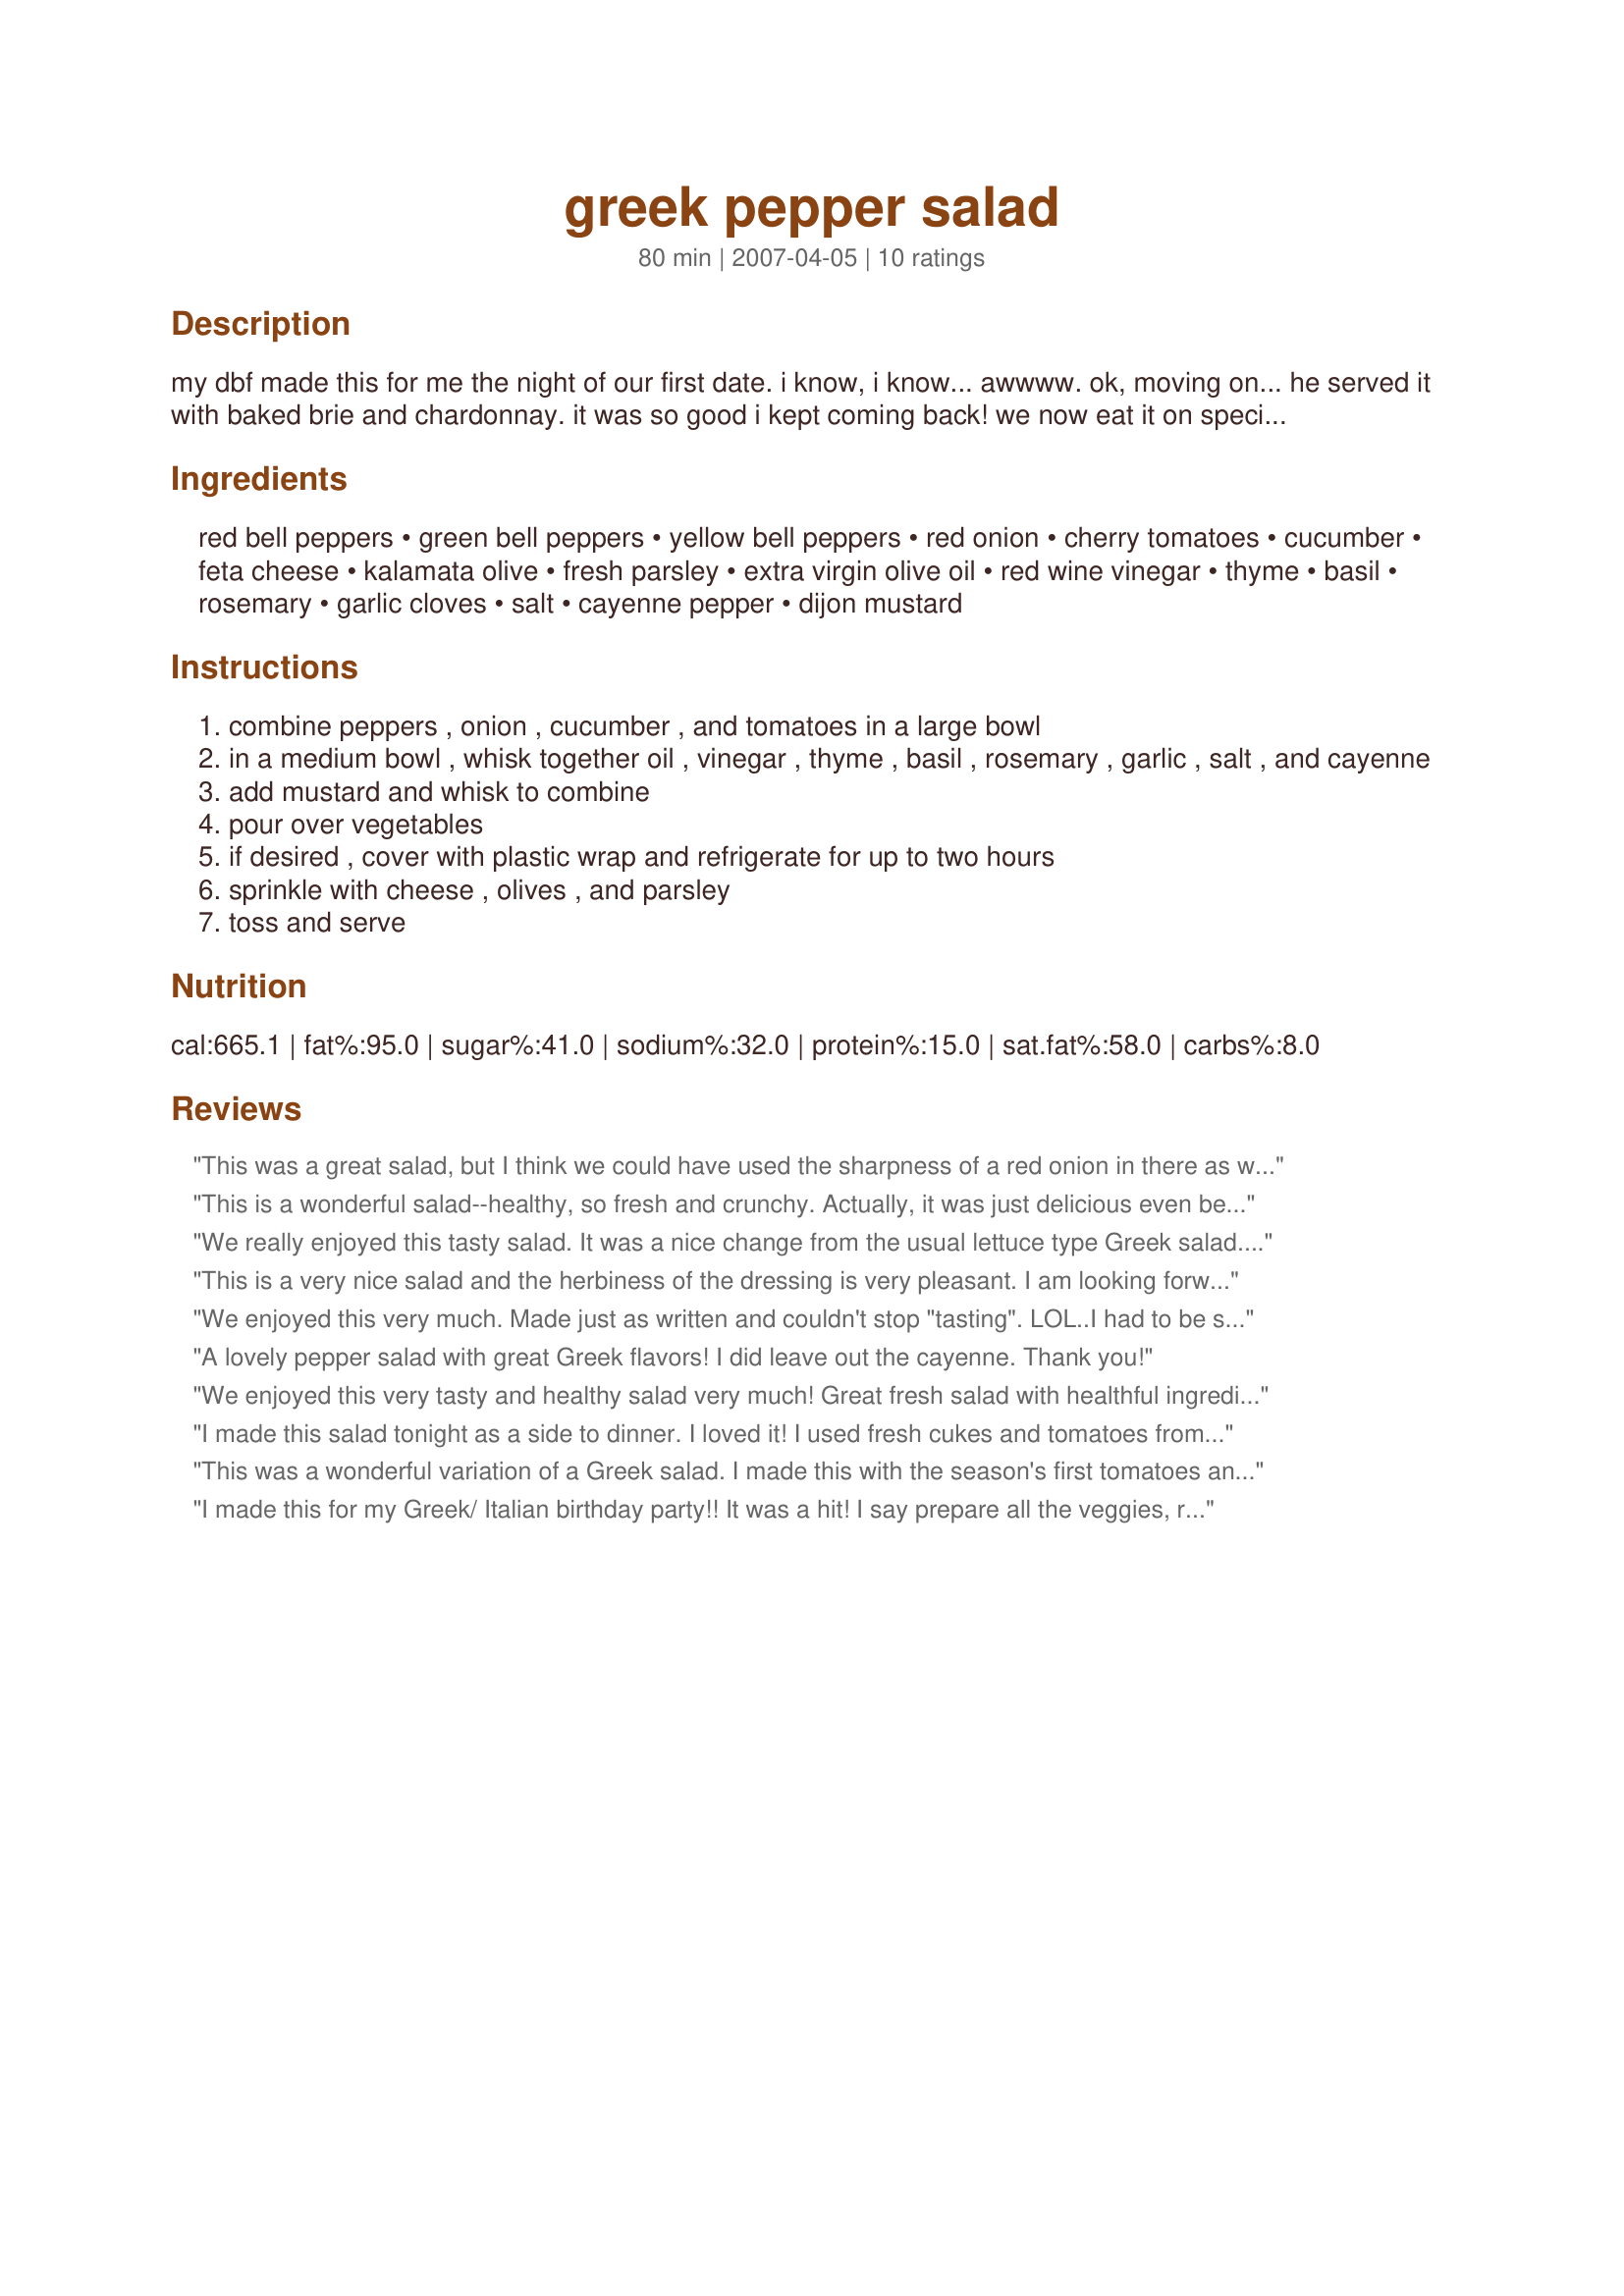
greek pepper salad
Preparation time: 80 minutes

my dbf made this for me the night of our first date. i know, i know... awwww. ok, moving on... he served it with baked brie and chardonnay. it was so good i kept coming back! we now eat it on special occassions. sometimes i will make it, but i still contend that it isn't as good as when he makes it. it can be served immediately after preparation, but letting it sit an hour or so allows the flavors to blend. hope this brings happy memories for you too!

Ingredients:
red bell peppers, green bell peppers, yellow bell peppers, red onion, cherry tomatoes, cucumber, feta cheese, kalamata olive, fresh parsley, extra virgin olive oil, red wine vinegar, thyme, basil, rosemary, garlic cloves, salt, cayenne pepper, dijon mustard

Steps:
combine peppers , onion , cucumber , and tomatoes in a large bowl
in a medium bowl , whisk together oil , vinegar , thyme , basil , rosemary , garlic , salt , and cayenne
add mustard and whisk to combine
pour over vegetables
if desired , cover with plastic wrap and refrigerate for up to two hours
sprinkle with cheese , olives , and parsley
toss and serve

Reviews:
This was a great salad, but I think we could have used the sharpness of a red onion in there as well. I'll make this again (probably tonight), and add the onion. Also, there's tons of dressing here, way too much for the salad, so I saved half and am keeping it in the fridge for next time (again, probably tonight). Good recipe!
This is a wonderful salad--healthy, so fresh and crunchy. Actually, it was just delicious even before I put the dressing on. I certainly shall make it again.
We really enjoyed this tasty salad. It was a nice change from the usual lettuce type Greek salad. I didn't have any cayenne pepper so I just used regular black pepper. Thanks
This is a very nice salad and the herbiness of the dressing is very pleasant. I am looking forward to trying it again with the peppers roasted and skinned and with perhaps even more herbs in the salad itself. I also added some crushed garlic to the dressing.
We enjoyed this very much. Made just as written and couldn't stop "tasting". LOL..I had to be sure the seasoning was right! Thanks for sharing, Made for ZWT Zingo.
A lovely pepper salad with great Greek flavors! I did leave out the cayenne. Thank you!
We enjoyed this very tasty and healthy salad very much! Great fresh salad with healthful ingredients.

Thanks for sharing!
I made this salad tonight as a side to dinner. I loved it! I used fresh cukes and tomatoes from my garden. I easily halved all of the ingredients to serve DH and myself. I assumed that the recipe wanted 12 oz of cherry tomatoes, so when I halved the recipe, I used 6 oz. I subbed shallots for red onion as I realized I didn't have any red onions after I started making the dish. I let the salad marinate for 2 hours prior to serving. DH commented that he does not usually like raw bell peppers, but this recipe was an exception. The dressing flavor was fantastic! I would definitely make this again. Thanks!
This was a wonderful variation of a Greek salad. I made this with the season's first tomatoes and cucumbers. mmmmm so yummy! I liked the dressing on this - a little different since it used dijon mustard and basil, rosemary, and thyme instead of oregano. I did use a little bit more of the herbs when I prepared the dressing and black pepper rather than cayenne. Thanks kcduffster!
I made this for my Greek/ Italian birthday party!! It was a hit! I say prepare all the veggies, refrigerate and then add lettuce or spinach to make it last longer... After my party I still had leftovers! Thank goodness. This is soooooooooooooo delicious!
